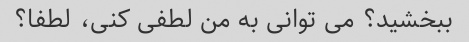
ببخشید؟ می توانی به من لطفی کنی، لطفا؟